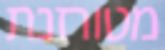
מטורזנת